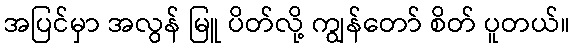
အပြင်မှာ အလွန် မြူ ပိတ်လို့ ကျွန်တော် စိတ် ပူတယ်။